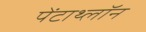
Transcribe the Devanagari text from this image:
पेंटाथ्लॉन